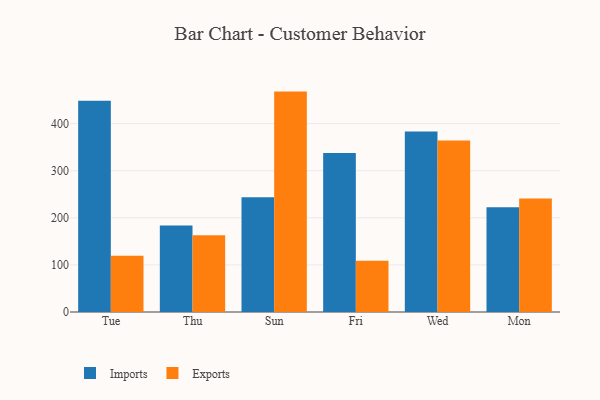
{"axis": {"x": "Day", "y": "Tickets Resolved"}, "legend": ["Exports", "Imports"], "data": [{"x": "Tue", "y": 448.7, "type": "Imports"}, {"x": "Tue", "y": 119.7, "type": "Exports"}, {"x": "Thu", "y": 183.9, "type": "Imports"}, {"x": "Thu", "y": 163.1, "type": "Exports"}, {"x": "Sun", "y": 243.6, "type": "Imports"}, {"x": "Sun", "y": 468.0, "type": "Exports"}, {"x": "Fri", "y": 337.7, "type": "Imports"}, {"x": "Fri", "y": 108.6, "type": "Exports"}, {"x": "Wed", "y": 383.5, "type": "Imports"}, {"x": "Wed", "y": 364.4, "type": "Exports"}, {"x": "Mon", "y": 222.3, "type": "Imports"}, {"x": "Mon", "y": 241.1, "type": "Exports"}]}